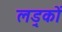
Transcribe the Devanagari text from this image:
लड़्कों